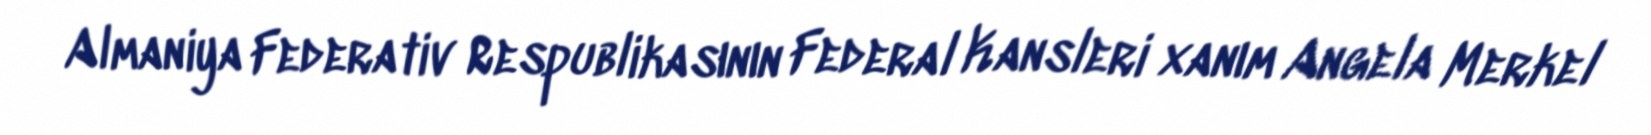
Almaniya Federativ Respublikasının Federal Kansleri xanım Angela Merkel